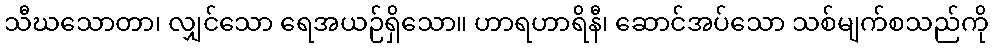
သီဃသောတာ၊ လျှင်သော ရေအယဉ်ရှိသော။ ဟာရဟာရိနီ၊ ဆောင်အပ်သော သစ်မျက်စသည်ကို